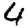
Digit: 4